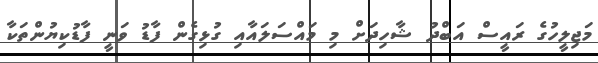
މަޖިލީހުގެ ރައީސް އަބްދު ޝާހިދަށް މި މައްސަލައާއި ގުޅިގެން ފާޑު ވަނީ ފާޑުކިޔުންތަކާ